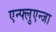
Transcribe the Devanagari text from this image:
एन्फ्लुएन्जा